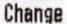
CHANGE